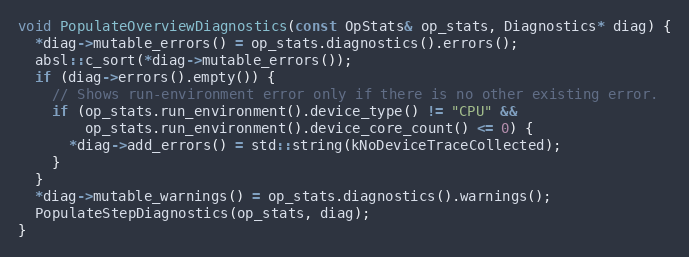
Language: C++
void PopulateOverviewDiagnostics(const OpStats& op_stats, Diagnostics* diag) {
  *diag->mutable_errors() = op_stats.diagnostics().errors();
  absl::c_sort(*diag->mutable_errors());
  if (diag->errors().empty()) {
    // Shows run-environment error only if there is no other existing error.
    if (op_stats.run_environment().device_type() != "CPU" &&
        op_stats.run_environment().device_core_count() <= 0) {
      *diag->add_errors() = std::string(kNoDeviceTraceCollected);
    }
  }
  *diag->mutable_warnings() = op_stats.diagnostics().warnings();
  PopulateStepDiagnostics(op_stats, diag);
}